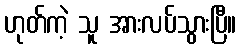
ဟုတ်ကဲ့ သူ အားလပ်သွားပြီ။